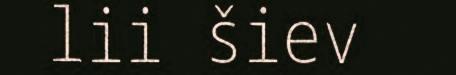
lii šiev